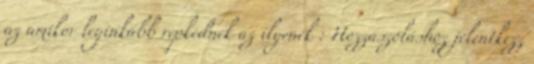
az amikor leginkább repkednek az ilyenek : Hozzászóláshoz jelentkezz